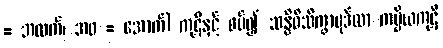
= အထက်၊ အဝ = အောက်) ကုဋိနှင့် စပ်၍ သန္နိဓိသိက္ခာပုဒ်လာ ကပ္ပိယကုဋိ